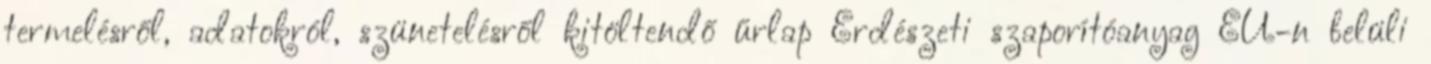
termelésről, adatokról, szünetelésről kitöltendő űrlap Erdészeti szaporítóanyag EU-n belüli